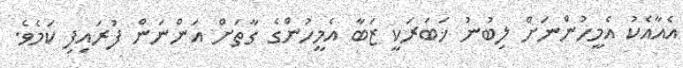
އެއާއެކު އެމީހުންނަށް ލިބުނު ޚަބަރަކީ ޒަބާ އެމީހުންގެ ގާތަށް އަންނަން ފުރައިފި ކަމެވެ.